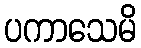
ပကာသေမိ